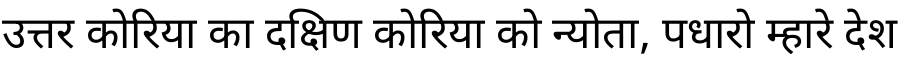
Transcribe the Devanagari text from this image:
उत्तर कोरिया का दक्षिण कोरिया को न्योता, पधारो म्हारे देश